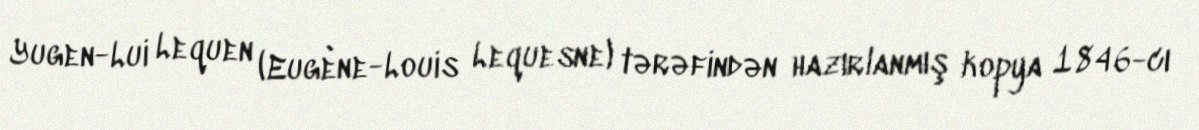
Yugen-Lui Lequen (Eugène-Louis Lequesne) tərəfindən hazırlanmış kopya 1846-cı